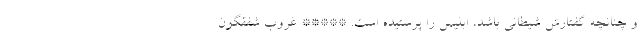
و چنانچه گفتارش شیطانی باشد، ابلیس را پرستیده است. ***** غروب شفقگون